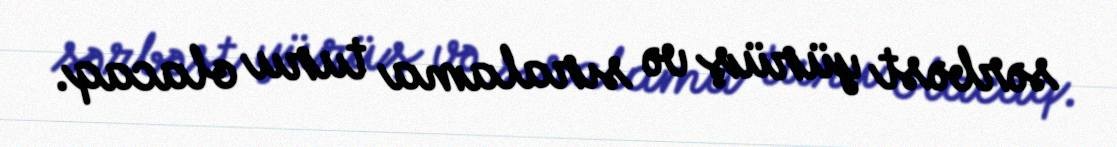
sərbəst yürüş və sıralama turu olacaq.